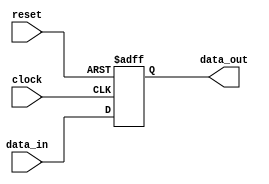
module register (data_in,clock,reset,data_out);
input [3:0] data_in;
input clock, reset;
output [3:0] data_out;
reg [3:0] data_out;
always @ (posedge clock or negedge reset)
if (reset == 1'b0)
data_out <= 4'b0;
else
data_out <= data_in;
endmodule